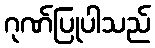
ဂုဏ်ပြုပါသည်